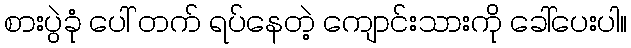
စားပွဲခုံ ပေါ် တက် ရပ်နေတဲ့ ကျောင်းသားကို ခေါ်ပေးပါ။